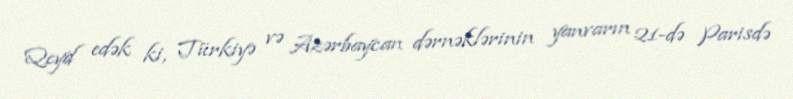
Qeyd edək ki, Türkiyə və Azərbaycan dərnəklərinin yanvarın 21-də Parisdə